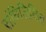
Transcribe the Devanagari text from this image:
संधिलिखित